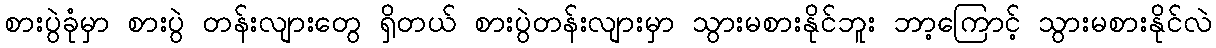
စားပွဲခုံမှာ စားပွဲ တန်းလျားတွေ ရှိတယ် စားပွဲတန်းလျားမှာ သွားမစားနိုင်ဘူး ဘာ့ကြောင့် သွားမစားနိုင်လဲ